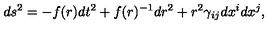
d s ^ { 2 } = - f ( r ) d t ^ { 2 } + f ( r ) ^ { - 1 } d r ^ { 2 } + r ^ { 2 } \gamma _ { i j } d x ^ { i } d x ^ { j } ,